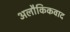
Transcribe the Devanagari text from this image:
अलौकिकवाद